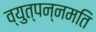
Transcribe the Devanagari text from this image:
व्युत्पन्नमति